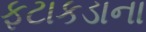
ફટાકડાના